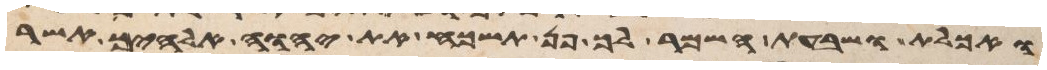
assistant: ואכלת ושבעת השמר לך פן תשכח את יהוה אלהיך אשר